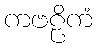
ကဗဠိကံ